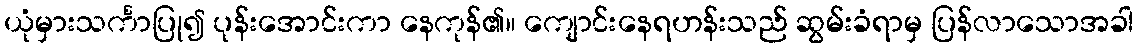
ယုံမှားသင်္ကာပြု၍ ပုန်းအောင်းကာ နေကုန်၏။ ကျောင်းနေရဟန်းသည် ဆွမ်းခံရာမှ ပြန်လာသောအခါ